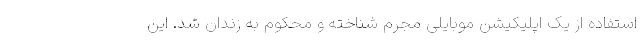
استفاده از یک اپلیکیشن موبایلی مجرم شناخته و محکوم به زندان شد. این